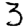
Digit: 3